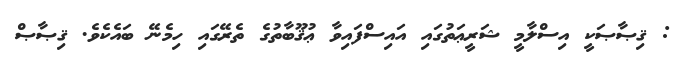
: ޤިޞާޞަކީ އިސްލާމީ ޝަރީޢަތުގައި އައިސްފައިވާ ޢުޤޫބާތުގެ ތެރޭގައި ހިމެނޭ ބައެކެވެ. ޤިޞާޞް